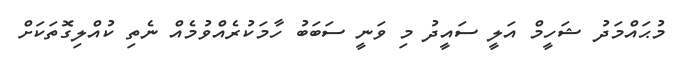
މުޙައްމަދު ޝަހީމް އަލީ ސައީދު މި ވަނީ ސަބަބު ހާމަކުރެއްވުމެއް ނެތި ކުއްލިގޮތަކަށް